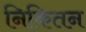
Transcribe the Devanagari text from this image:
निकितन